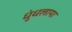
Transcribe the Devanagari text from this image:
धुंधलाया